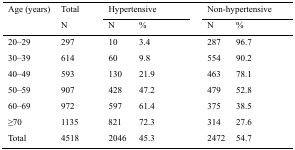
<table><thead><tr><td rowspan="3"><b>Age (years)</b></td><td rowspan="2"><b>Total</b></td><td colspan="2"><b>Hypertensive</b></td><td colspan="2"><b>Non-hypertensive</b></td></tr><tr><td><b>N</b></td><td><b>N</b></td><td><b>%</b></td><td><b>N</b></td><td><b>%</b></td></tr></thead><tbody><tr><td>20–29</td><td>297</td><td>10</td><td>3.4</td><td>287</td><td>96.7</td></tr><tr><td>30–39</td><td>614</td><td>60</td><td>9.8</td><td>554</td><td>90.2</td></tr><tr><td>40–49</td><td>593</td><td>130</td><td>21.9</td><td>463</td><td>78.1</td></tr><tr><td>50–59</td><td>907</td><td>428</td><td>47.2</td><td>479</td><td>52.8</td></tr><tr><td>60–69</td><td>972</td><td>597</td><td>61.4</td><td>375</td><td>38.5</td></tr><tr><td>≥70</td><td>1135</td><td>821</td><td>72.3</td><td>314</td><td>27.6</td></tr><tr><td>Total</td><td>4518</td><td>2046</td><td>45.3</td><td>2472</td><td>54.7</td></tr></tbody></table>